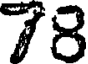
78